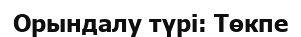
Орындалу түрі: Төкпе